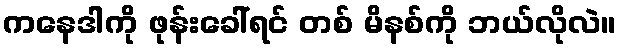
ကနေဒါကို ဖုန်းခေါ်ရင် တစ် မိနစ်ကို ဘယ်လိုလဲ။